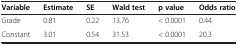
<table><thead><tr><td><b>Variable</b></td><td><b>Estimate</b></td><td><b>SE</b></td><td><b>Wald test</b></td><td><b>p value</b></td><td><b>Odds ratio</b></td></tr></thead><tbody><tr><td>Grade</td><td>0.81</td><td>0.22</td><td>13.76</td><td>&lt; 0.0001</td><td>0.44</td></tr><tr><td>Constant</td><td>3.01</td><td>0.54</td><td>31.53</td><td>&lt; 0.0001</td><td>20.3</td></tr></tbody></table>